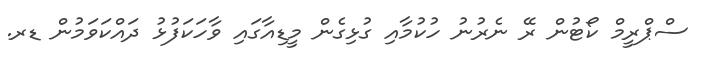
ސްޕްރީމް ކޯޓުން ރޭ ނެރުނު ހުކުމާއި ގުޅިގެން މީޑިއާގައި ވާހަކަފުޅު ދައްކަވަމުން ޑރ.